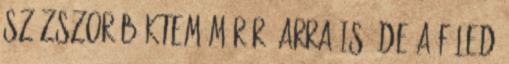
százszor böktem már rá arra is, de a füled